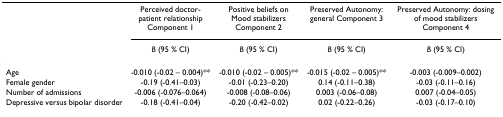
<table><thead><tr><td></td><td><b>Perceived doctor-patient relationship Component 1</b></td><td><b>Positive beliefs on Mood stabilizers Component 2</b></td><td><b>Preserved Autonomy: general Component 3</b></td><td><b>Preserved Autonomy: dosing of mood stabilizers Component 4</b></td></tr><tr><td></td><td><b><i>B </i>(95 % CI)</b></td><td><b><i>B </i>(95 % CI)</b></td><td><b><i>B </i>(95 % CI)</b></td><td><b><i>B </i>(95 % CI)</b></td></tr></thead><tbody><tr><td>Age</td><td>-0.010 (-0.02 – 0.004)**</td><td>-0.010 (-0.02 – 0.005)**</td><td>-0.015 (-0.02 – 0.005)**</td><td>-0.003 (-0.009–0.002)</td></tr><tr><td>Female gender</td><td>-0.19 (-0.41–0.03)</td><td>-0.01 (-0.23–0.20)</td><td>0.14 (-0.11–0.38)</td><td>-0.03 (-0.11–0.16)</td></tr><tr><td>Number of admissions</td><td>-0.006 (-0.076–0.064)</td><td>-0.008 (-0.08–0.06)</td><td>0.003 (-0.06–0.08)</td><td>0.007 (-0.04–0.05)</td></tr><tr><td>Depressive versus bipolar disorder</td><td>-0.18 (-0.41–0.04)</td><td>-0.20 (-0.42–0.02)</td><td>0.02 (-0.22–0.26)</td><td>-0.03 (-0.17–0.10)</td></tr></tbody></table>